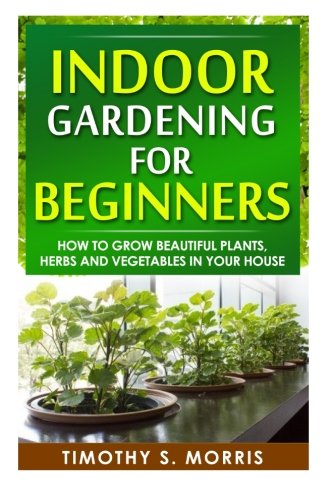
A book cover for Indoor Gardening for Beginners: How to Grow Beautiful Plants, Herbs and Vegetables in your House; Timothy S Morris; Crafts, Hobbies & Home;